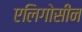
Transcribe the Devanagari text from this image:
एलिगोसीन